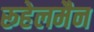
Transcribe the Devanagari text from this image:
रूहेलमैन